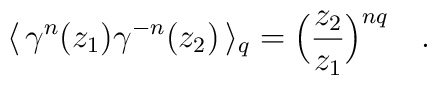
\langle\,\gamma^n(z_1)\gamma^{-n}(z_2)\,\rangle_q =  \Big(\frac{z_2}{z_1}\Big)^{nq}  \quad.